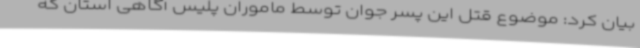
بیان کرد: موضوع قتل این پسر جوان توسط ماموران پلیس آگاهی استان که